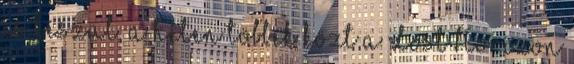
is készül, a héten többek közt a Lost Horizon